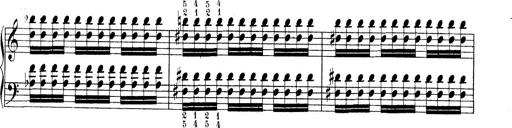
Title: Technische Studien
Composer: Franz Liszt